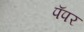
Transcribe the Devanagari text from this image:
पॅपर